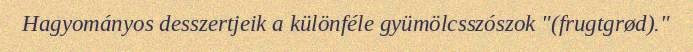
Hagyományos desszertjeik a különféle gyümölcsszószok "(frugtgrød)."